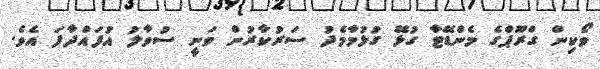
ވޯކިން ގްރޫޕްގެ މެންޑޭޓާ ގުޅޭ ގުޅުމާމެދު ސަރުކާރުން ވަނީ ސުވާލު އުފައްދާފަ އެވެ.